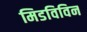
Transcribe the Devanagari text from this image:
मिडविविन